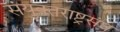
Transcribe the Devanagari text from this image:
संयुक्तराष्ट्रसंघ